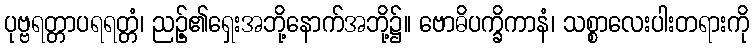
ပုဗ္ဗရတ္တာပရရတ္တံ၊ ညဉ့်၏ရှေးအဘို့နောက်အဘို့၌။ ဗောဓိပက္ခိကာနံ၊ သစ္စာလေးပါးတရားကို